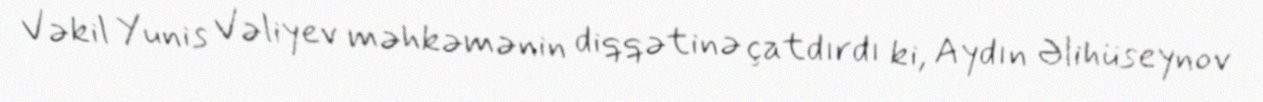
Vəkil Yunis Vəliyev məhkəmənin diqqətinə çatdırdı ki, Aydın Əlihüseynov